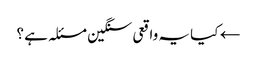
← کیا یہ واقعی سنگین مسئلہ ہے ؟